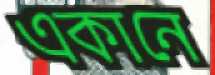
একানে